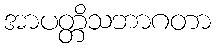
အာပတ္တိသဘာဂတာ